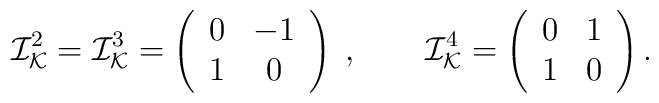
{\cal I}_{\cal K}^2 = {\cal I}_{\cal K}^3 =\left(  \begin{array}{cc}                                0 & -1 \\                                1 & 0                           \end{array} \right)\; , \qquad{\cal I}_{\cal K}^4 = \left(  \begin{array}{cc}                                0 & 1 \\                                1 & 0                           \end{array} \right).